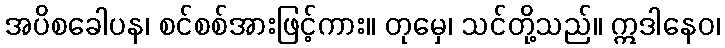
အပိစခေါပန၊ စင်စစ်အားဖြင့်ကား။ တုမှေ၊ သင်တို့သည်။ ဣဒါနေဝ၊